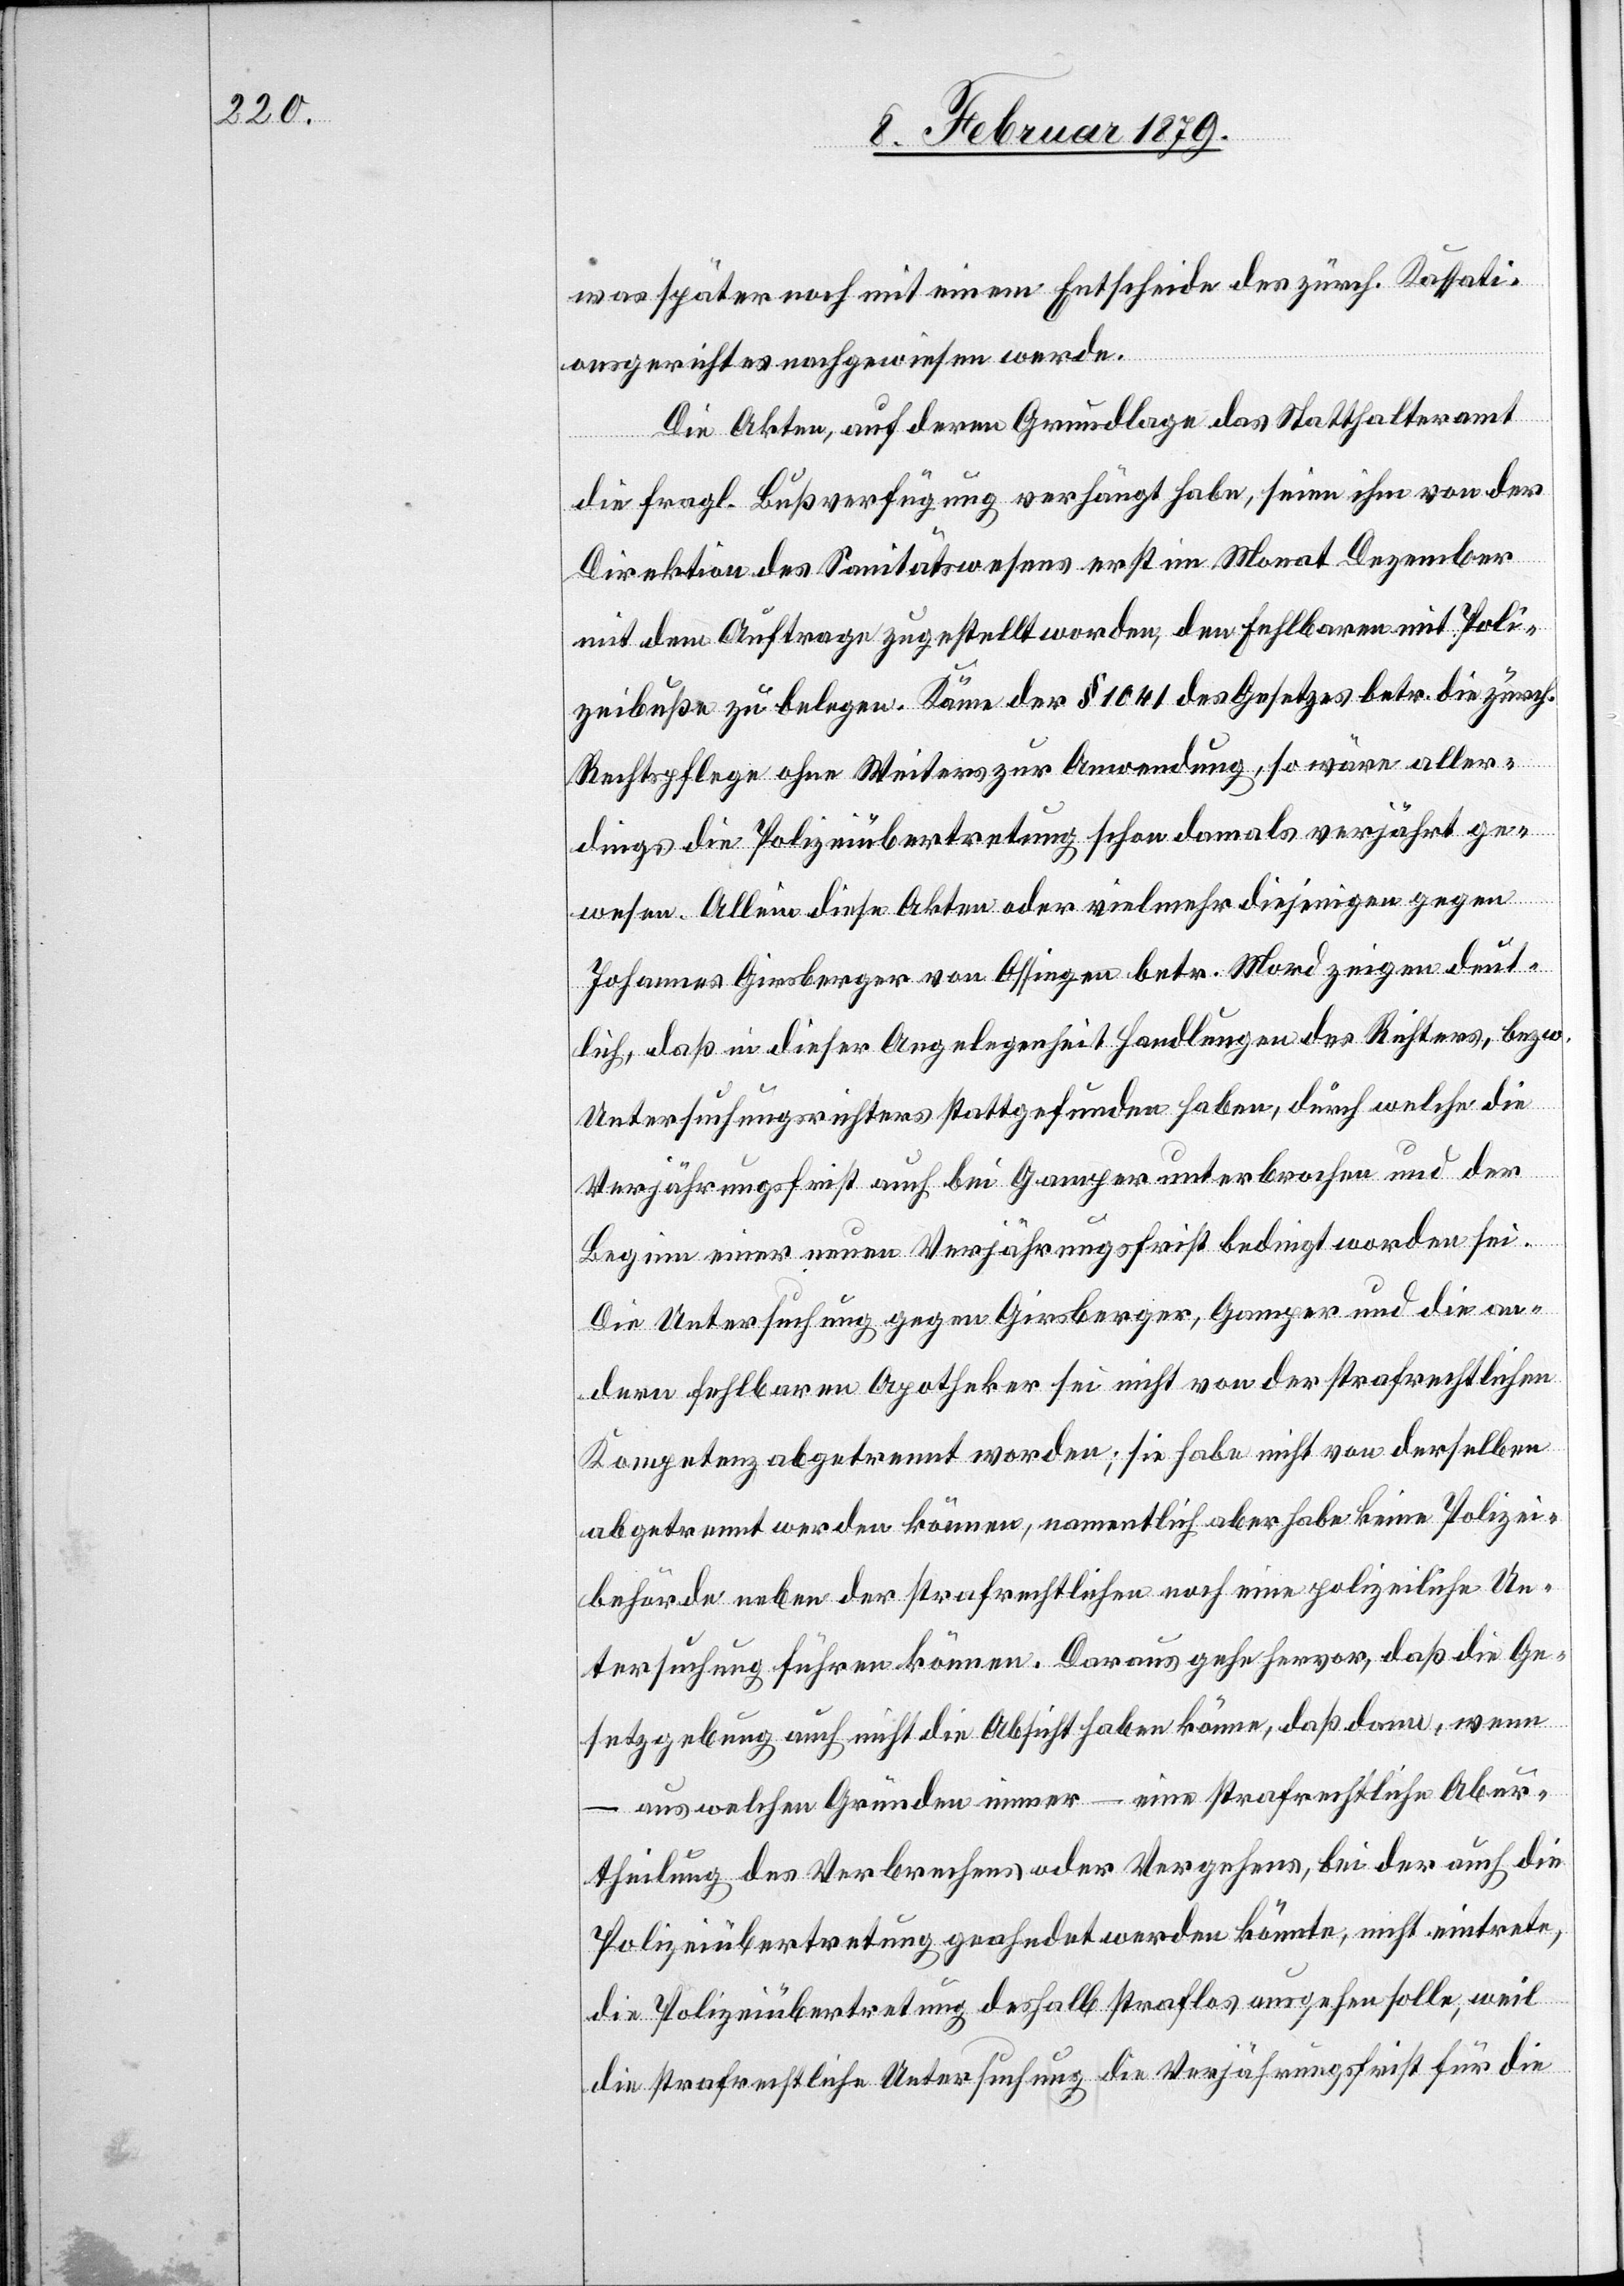
was später noch mit einem Entscheide des zürch. Kassati¬
onsgerichtes nachgewiesen werde.
Die Akten, auf deren Grundlage das Statthalteramt
die fragl. Bußverfügung verhängt habe, seien ihm von der
Direktion des Sanitätswesens erst im Monat Dezember
mit dem Auftrage zugestellt worden, den Fehlbaren mit Poli¬
zeibuße zu belegen. Käme der § 1041 des Gesetzes betr. die zürch.
Rechtspflege ohne Weiters zur Anwendung, so wäre aller¬
dings die Polizeiübertretung schon damals verjährt ge¬
ur¬
wesen. Allein diese Akten oder vielmehr diejenigen gegen
Johannes Girsberger von Ossingen betr. Mord zeigen deut¬
lich, daß in dieser Angelegenheit Handlungen des Richters, bezw.
Untersuchungsrichters stattgefunden haben, durch welche die
Verjährungsfrist auch bei Gamper unterbrochen und der
Beginn einer neuen Verjährungsfrist bedingt worden sei.
Die Untersuchung gegen Girsberger, Gamper und die an¬
dern fehlbaren Apotheker sei nicht von der strafrechtlichen
Kompetenz abgetrennt worden; sie habe nicht von derselben
abgetrennt werden können. Daraus gehe hervor, wenn – aus welc¬
theilung des Verbrechens oder Vergehens, bei der auch die
Polizeiübertretung geahndet werden könnte, nicht eintrete,
die Polizeiübertretung deshalb straflos ausgehen solle, weil
die strafrechtliche Untersuchung die Verjährungsfrist für die